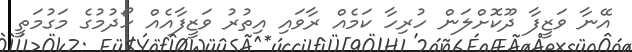
އޭނާ ވަޒީފާ ދޫކޮށްލަން ހުރިހާ ކަމެއް ރާވައި އިތުރު ވަޒީފާއެއް ހޯދުމުގެ މަގުމަތީ